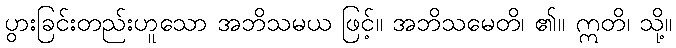
ပွားခြင်းတည်းဟူသော အဘိသမယ ဖြင့်။ အဘိသမေတိ၊ ၏။ ဣတိ၊ သို့။